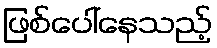
ဖြစ်ပေါ်နေသည့်